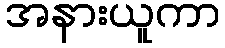
အနားယူကာ